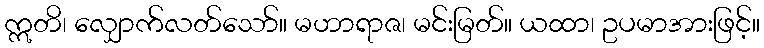
ဣတိ၊ လျှောက်လတ်သော်။ မဟာရာဇ၊ မင်းမြတ်။ ယထာ၊ ဥပမာအားဖြင့်။